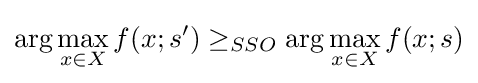
\arg \max _{x\in X}f(x;s')\geq _{SSO}\arg \max _{x\in X}f(x;s)